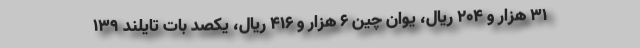
۳۱ هزار و ۲۰۴ ریال، یوان چین ۶ هزار و ۴۱۶ ریال، یکصد بات تایلند ۱۳۹